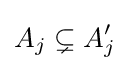
A_{j}\subsetneq A_{j}^{\prime }